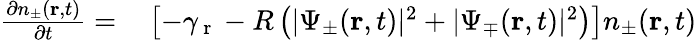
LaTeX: \begin{array}{rl}{\frac{\partial n_{\pm}(\mathbf{r},t)}{\partial t}=}&{{}\left[-\gamma_{\mathrm{~r~}}-R\left(|\Psi_{\pm}(\mathbf{r},t)|^{2}+|\Psi_{\mp}(\mathbf{r},t)|^{2}\right)\right]n_{\pm}(\mathbf{r},t)}\end{array}